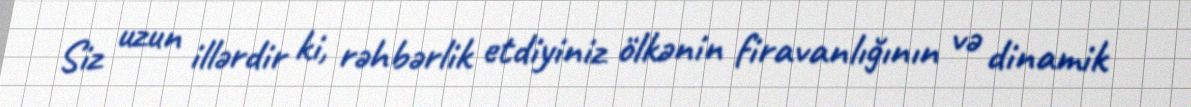
Siz uzun illərdir ki, rəhbərlik etdiyiniz ölkənin firavanlığının və dinamik